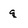
Character: q